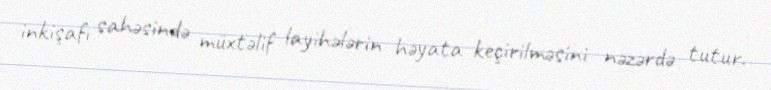
inkişafı sahəsində müxtəlif layihələrin həyata keçirilməsini nəzərdə tutur.